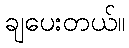
ချပေးတယ်။